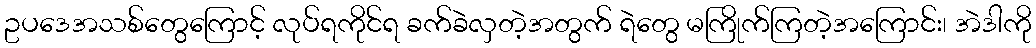
ဥပဒေအသစ်တွေကြောင့် လုပ်ရကိုင်ရ ခက်ခဲလှတဲ့အတွက် ရဲတွေ မကြိုက်ကြတဲ့အကြောင်း၊ အဲဒါကို